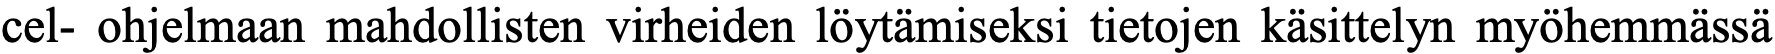
cel- ohjelmaan mahdollisten virheiden löytämiseksi tietojen käsittelyn myöhemmässä